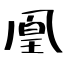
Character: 凰